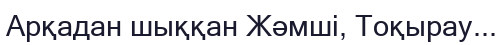
Арқадан шыққан Жәмші, Тоқырау...